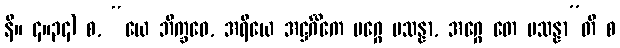
နိ။ ၄။၃၄) စ, “ယေ ဘိက္ခဝေ, အရိယေ အဋ္ဌင်္ဂိကေ မဂ္ဂေ ပသန္နာ, အဂ္ဂေ တေ ပသန္နာ”တိ စ